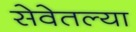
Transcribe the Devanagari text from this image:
सेवेतल्या